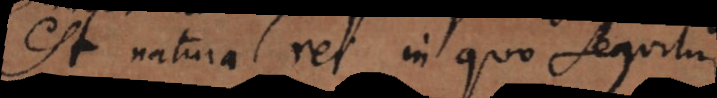
est natura rei in [qua] sequitur